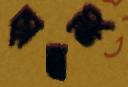
ছাত্রনং